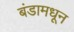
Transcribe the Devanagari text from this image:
बंडामधून